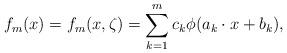
LaTeX: \begin{align*} f_m(x) = f_m(x,\zeta) = \sum_{k=1}^m c_k \phi(a_k \cdot x+b_k),\end{align*}